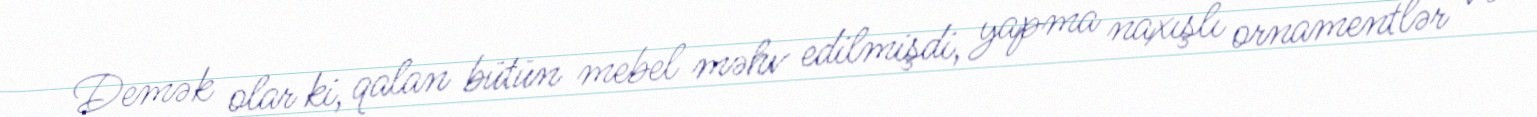
Demək olar ki, qalan bütün mebel məhv edilmişdi, yapma naxışlı ornamentlər və